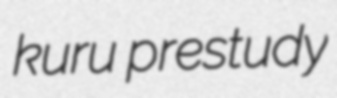
kuru prestudy